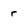
Character: r